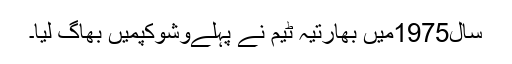
سال1975میں بھارتیہ ٹیم نے پہلےوشوکپمیں بھاگ لیا۔